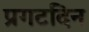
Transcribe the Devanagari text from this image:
प्रगटदिन